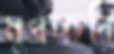
মুখচ্ছবি